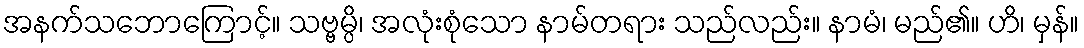
အနက်သဘောကြောင့်။ သဗ္ဗမ္ပိ၊ အလုံးစုံသော နာမ်တရား သည်လည်း။ နာမံ၊ မည်၏။ ဟိ၊ မှန်။